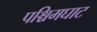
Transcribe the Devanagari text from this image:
पश्चिमघाट